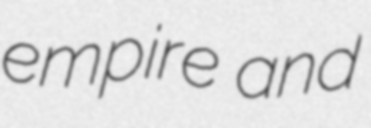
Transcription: empire and